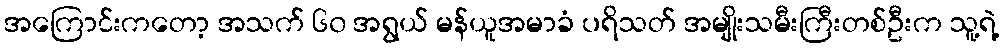
အကြောင်းကတော့ အသက် ၆၀ အရွယ် မန်ယူအမာခံ ပရိသတ် အမျိုးသမီးကြီးတစ်ဦးက သူ့ရဲ့